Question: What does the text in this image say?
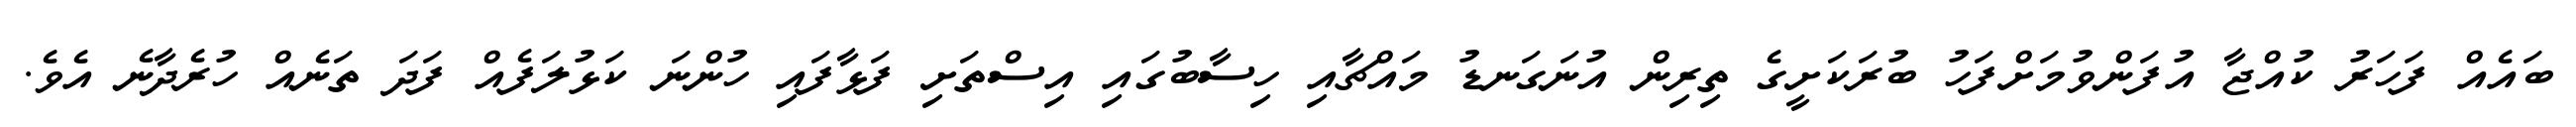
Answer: ބައެއް ފަހަރު ކުއްޖާ އުފަންވުމަށްފަހު ބުރަކަށީގެ ތިރިން އުނަގަނޑު މައްޗާއި ހިސާބުގައި އިސްތަށި ފަޅާފައި ހުންނަ ކަޅުލަފެއް ފަދަ ތަނެއް ހުރެދާނެ އެވެ.